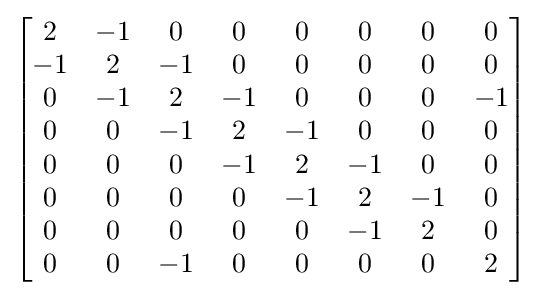
\left[{\begin{matrix}2&-1&0&0&0&0&0&0\\-1&2&-1&0&0&0&0&0\\0&-1&2&-1&0&0&0&-1\\0&0&-1&2&-1&0&0&0\\0&0&0&-1&2&-1&0&0\\0&0&0&0&-1&2&-1&0\\0&0&0&0&0&-1&2&0\\0&0&-1&0&0&0&0&2\end{matrix}}\right]